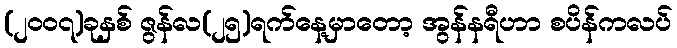
(၂၀၀၇)ခုနှစ် ဇွန်လ(၂၅)ရက်နေ့မှာတော့ အွန်နရီဟာ စပိန်ကလပ်